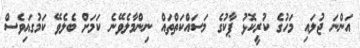
އަންނަ ޖުލައި މަހުގެ ކުރީކޮޅު ޕާކުގެ މަސައްކަތްތައް ނިންމާލެވޭނެ ކަމަށް ބެލެވޭ ކަމުގައިވެސް